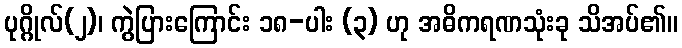
ပုဂ္ဂိုလ်(၂)၊ ကွဲပြားကြောင်း ၁၈-ပါး (၃) ဟု အဓိကရဏသုံးခု သိအပ်၏။